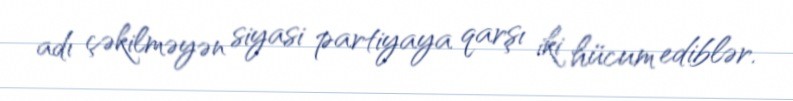
adı çəkilməyən siyasi partiyaya qarşı iki hücum ediblər.